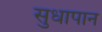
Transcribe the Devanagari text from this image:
सुधापान